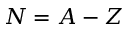
N = A - Z